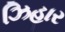
ઝિહાર